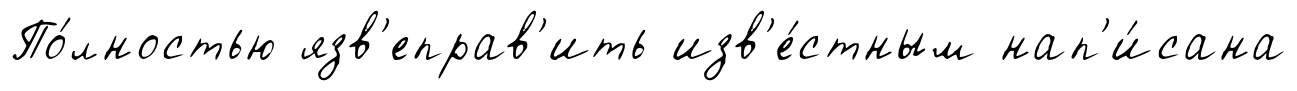
По́лностью язв'еправ'ить изв'е́стным нап'и́сана